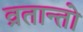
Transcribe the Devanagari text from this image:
व्रतान्तो